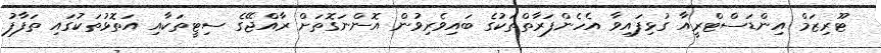
ޓޫރިޒަމް އިންޑަސްޓްރީއާ ގުޅިފައިވާ އެހެންފަރާތްތަކުގެ ބައިވެރިވުން އޮންނަގޮތަށް ރާއްޖޭގެ ސިޓީތަކާއި އަތޮޅުތަކުގައި ތަފާފު